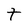
Character: t